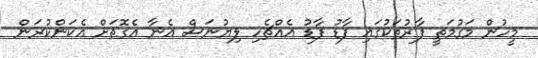
މީހުން މަގުމަތީ ފާރުތަކުގައި ފާޑު ފާޑު އެއްޗެހި ލިޔުނަސް އެނާ އެގޮތަށް އެކަންކުރަން